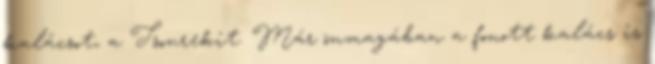
kalácsot, a Tsourekit. Már önmagában a fonott kalács is